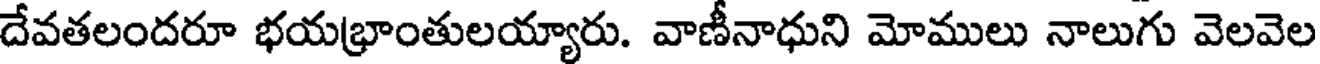
దేవతలందరూ భయభ్రాంతులయ్యారు. వాణీనాధుని మోములు నాలుగు వెలవెల